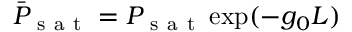
\bar { P } _ { \mathrm { ~ s ~ a ~ t ~ } } = P _ { \mathrm { ~ s ~ a ~ t ~ } } \exp ( - g _ { 0 } L )